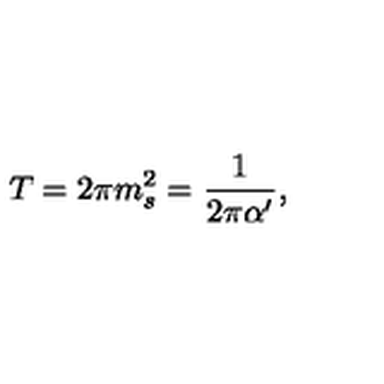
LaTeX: T = 2 \pi m _ { s } ^ { 2 } = \frac { 1 } { 2 \pi \alpha ^ { \prime } } ,